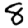
Digit: 8